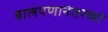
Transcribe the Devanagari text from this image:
बालपणानंतरच्या